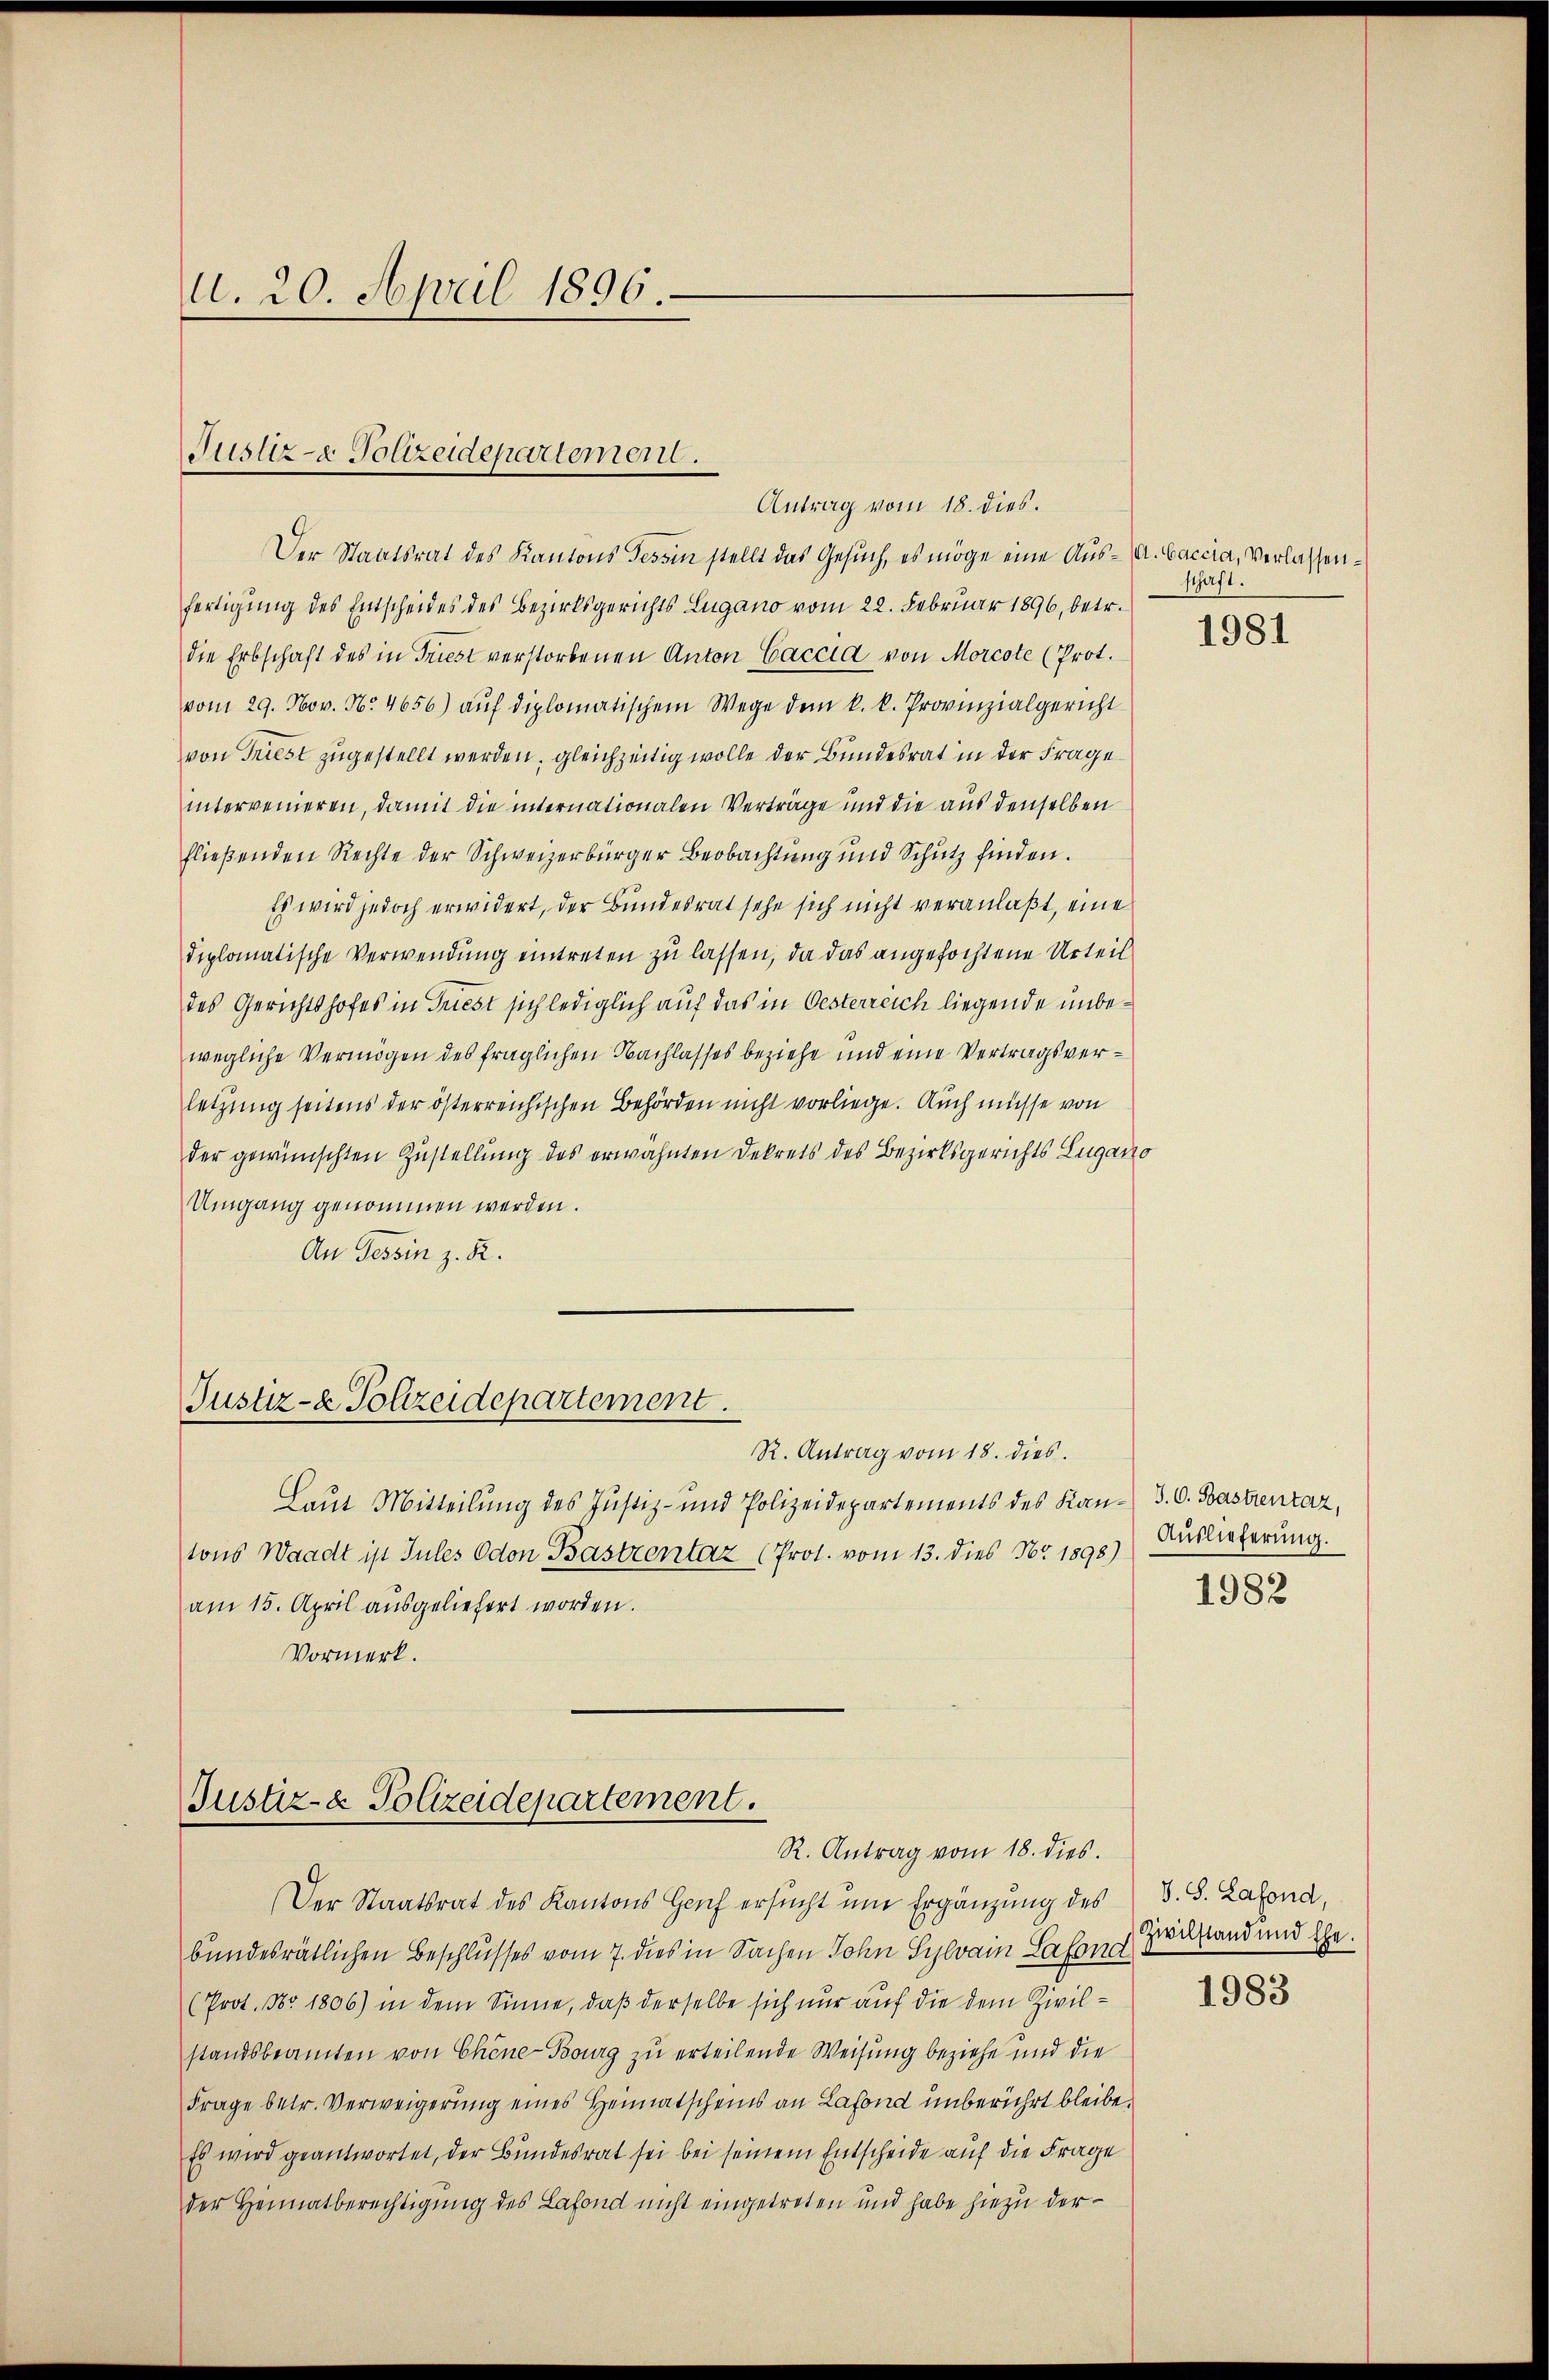
d. 20. April 1896.

Justiz- & Polizeidepartement.
Antrag vom 18. dies.

Der Staatsrat des Kantons Tessin stellt das Gesuch, es möge eine Aus- A. Baccia, verlassenfertigung des Entscheides des Bezirksgerichts Lugano vom 22. Februar 1896, betr.
die Erbschaft des in Triest verstorbenen Anton Caccia von Morcote (Prot.
vom 29. Nov. N. 4656) aŭf diplomatischem Wege dem k. k. Provinzialgericht
von Friest zugestellt werden, gleichzeitig wolle der Bundesrat in der Frage
intervenieren, damit die internationalen Verträge und die aus denselben
fließenden Rechte der Schweizerbürger Beobachtŭng und Schŭtz finden.
Es wird jedoch erwidert, der Bundesrat sehe sich nicht veranlaßt, eine
diplomatische Verwendung eintreten zu lassen, da das angefochtene Urteil
des Gerichtshofes in Triest sich lediglich auf das in Oesterreich liegende unbewegliche Vermögen des fraglichen Nachlasses beziehe und eine Vertragsverletzung seitens der österreichischen Behörden nicht vorliege. Auch müsse von
der gewünschten Zustellung des erwähnten Dekrets des Bezirksgerichts Lugano
Umgang genommen werden.
An Tessin z. R.

Justiz- & Polizeidepartement.

Justiz- & Polizeidepartement.
R. Antrag vom 18. dies

R. Antrag vom 18. dies
Laut Mitteilung des Justiz- und Polizeidepartements des Kan- 3. O. Bastrentaz,
tons Waadt ist Sules Odon Bastrentar (Prot. vom 13. dies Nr 1898)
am 15. April ausgeliefert worden.
Vormerk.

Der Staatsrat des Kantons Genf ersucht um Ergänzung des
bundesrätlichen Beschlusses vom 7. dies in Sachen Sohn Sylvan Lahn gestand und Ehe
(Prot. Nr. 1806) in dem Sinne, daß derselbe sich nur auf die dem Zivilstandsbeamten von Chine-Bourg zu erteilende Weisung beziehe und die
Frage betr. Verweigerung eines Heimatscheins an Lafond unberührt bleibe.
Es wird geantwortet, der Bundesrat sei bei seinem Entscheide auf die Frage
der Heimatberechtigung des Lafond nicht eingetreten und habe hiezu der¬

schaft.

1981

Auslieferung.

1982

V. S. Lafond,

1983